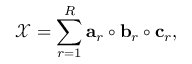
\mathcal { X } = \sum _ { r = 1 } ^ { R } \mathbf { a } _ { r } \circ \mathbf { b } _ { r } \circ \mathbf { c } _ { r } ,